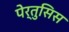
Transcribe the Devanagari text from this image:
पेर्तुसिस